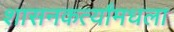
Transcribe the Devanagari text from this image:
शासनकर्त्यांमधला